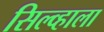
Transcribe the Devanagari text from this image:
सिल्व्हाला